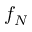
f _ { N }